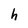
Character: h